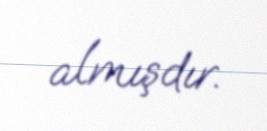
almışdır.